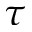
\tau